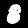
Label: 8